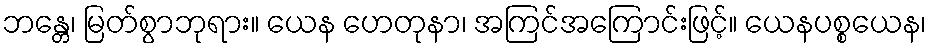
ဘန္တေ၊ မြတ်စွာဘုရား။ ယေန ဟေတုနာ၊ အကြင်အကြောင်းဖြင့်။ ယေနပစ္စယေန၊